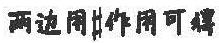
两边用$\dagger$作用可得